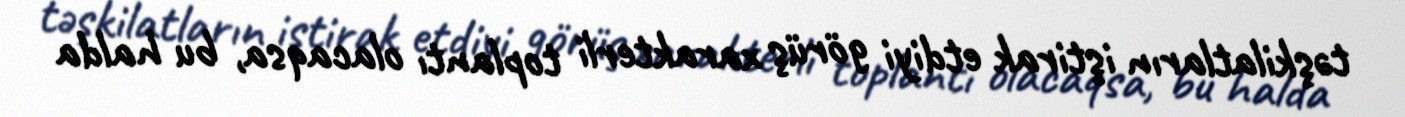
təşkilatların iştirak etdiyi görüş xarakterli toplantı olacaqsa, bu halda